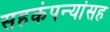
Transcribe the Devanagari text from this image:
सहकंपन्यांसह